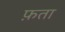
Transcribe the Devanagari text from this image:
फ़ता